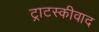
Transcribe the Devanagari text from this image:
ट्राटस्कीवाद